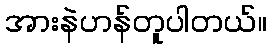
အားနဲဟန်တူပါတယ်။